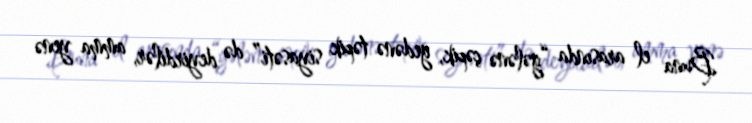
Buna el arasında “gələnə çəpik, gedənə təpik siyasəti” də deyirdilər, amma yenə